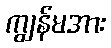
ကျွန်မအား